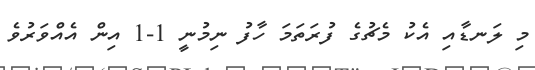
މި ލަނޑާއި އެކު މެޗުގެ ފުރަތަމަ ހާފު ނިމުނީ 1-1 އިން އެއްވަރުވެ